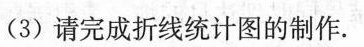
(3)请完成折线统计图的制作。